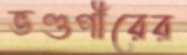
ভণ্ডপীরের